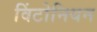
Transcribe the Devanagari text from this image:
विंटोनियन